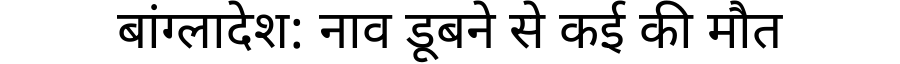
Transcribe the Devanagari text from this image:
बांग्लादेश: नाव डूबने से कई की मौत